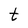
Character: t